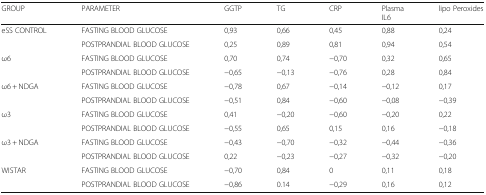
<table><thead><tr><td><b>GROUP</b></td><td><b>PARAMETER</b></td><td><b>GGTP</b></td><td><b>TG</b></td><td><b>CRP</b></td><td><b>PlasmaIL6</b></td><td><b>lipo Peroxides</b></td></tr></thead><tbody><tr><td rowspan="2">eSS CONTROL</td><td>FASTING BLOOD GLUCOSE</td><td>0,93</td><td>0,66</td><td>0,45</td><td>0,88</td><td>0,24</td></tr><tr><td>POSTPRANDIAL BLOOD GLUCOSE</td><td>0,25</td><td>0,89</td><td>0,81</td><td>0,94</td><td>0,54</td></tr><tr><td rowspan="2">ω6</td><td>FASTING BLOOD GLUCOSE</td><td>0,70</td><td>0,74</td><td>−0,70</td><td>0,32</td><td>0,65</td></tr><tr><td>POSTPRANDIAL BLOOD GLUCOSE</td><td>−0,65</td><td>−0,13</td><td>−0,76</td><td>0,28</td><td>0,84</td></tr><tr><td rowspan="2">ω6 + NDGA</td><td>FASTING BLOOD GLUCOSE</td><td>−0,78</td><td>0,67</td><td>−0,14</td><td>−0,12</td><td>0,17</td></tr><tr><td>POSTPRANDIAL BLOOD GLUCOSE</td><td>−0,51</td><td>0,84</td><td>−0,60</td><td>−0,08</td><td>−0,39</td></tr><tr><td rowspan="2">ω3</td><td>FASTING BLOOD GLUCOSE</td><td>0,41</td><td>−0,20</td><td>−0,60</td><td>−0,20</td><td>0,22</td></tr><tr><td>POSTPRANDIAL BLOOD GLUCOSE</td><td>−0,55</td><td>0,65</td><td>0,15</td><td>0,16</td><td>−0,18</td></tr><tr><td rowspan="2">ω3 + NDGA</td><td>FASTING BLOOD GLUCOSE</td><td>−0,43</td><td>−0,70</td><td>−0,32</td><td>−0,44</td><td>−0,36</td></tr><tr><td>POSTPRANDIAL BLOOD GLUCOSE</td><td>0,22</td><td>−0,23</td><td>−0,27</td><td>−0,32</td><td>−0,20</td></tr><tr><td rowspan="2">WISTAR</td><td>FASTING BLOOD GLUCOSE</td><td>−0,70</td><td>0,84</td><td>0</td><td>0,11</td><td>0,18</td></tr><tr><td>POSTPRANDIAL BLOOD GLUCOSE</td><td>−0,86</td><td>0.14</td><td>−0,29</td><td>0,16</td><td>0,12</td></tr></tbody></table>